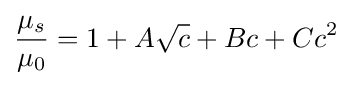
{\frac {\mu _{s}}{\mu _{0}}}=1+A{\sqrt {c}}+Bc+Cc^{2}